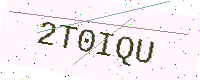
Text: 2T0IQU